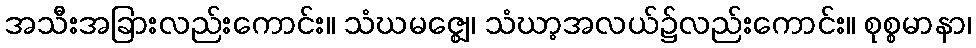
အသီးအခြားလည်းကောင်း။ သံဃမဇ္ဈေ၊ သံဃာ့အလယ်၌လည်းကောင်း။ စုစ္စမာနာ၊